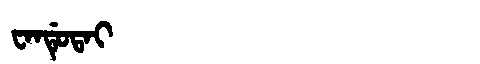
Manchu: ᠸᠠᠨᡩᡠᡨᠠᡳ
Romanization: WANDUTAI